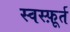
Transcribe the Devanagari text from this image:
स्वस्फ़ूर्त